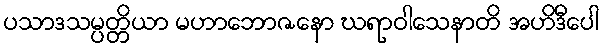
ပသာဒသမ္ပတ္တိယာ မဟာဘောဇနော ဃရာဝါသေနာတိ အဟိဒီပေါ